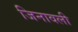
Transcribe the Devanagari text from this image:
जिनावली